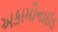
અકામીનાઈડ